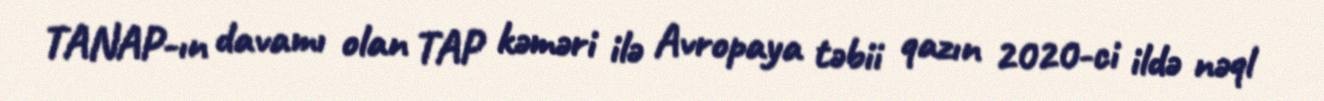
TANAP-ın davamı olan TAP kəməri ilə Avropaya təbii qazın 2020-ci ildə nəql